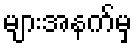
များအနက်မှ